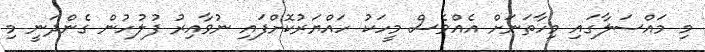
މި މައްސަލާގައި މިހާތަނަށް އެއްވެސް މީހަކު ހައްޔަރުކޮށްފައި ނުވާއިރު ފުލުހުން ގެންދަނީ މި